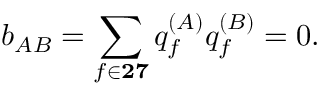
b _ { A B } = \sum _ { f \in { \bf 2 7 } } q _ { f } ^ { ( A ) } q _ { f } ^ { ( B ) } = 0 .